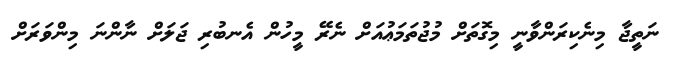
ނަތީޖާ މިނެކިރަންވާނީ މިގޮތަށް މުޖުތަމަޢުއަށް ނެރޭ މީހުން އެނބުރި ޖަލަށް ނާންނަ މިންވަރަށް